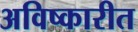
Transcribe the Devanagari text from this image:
अविष्कारीत